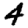
Digit: 4